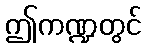
ဤကဏ္ဍတွင်